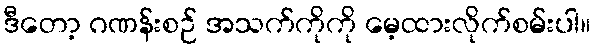
ဒီတော့ ဂဏန်းစဉ် အသက်ကိုကို မေ့ထားလိုက်စမ်းပါ။